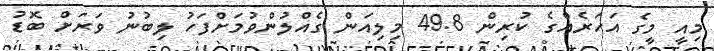
މިއީ މީގެ އަހަރެއްގެ ކުރިން 49.8 މިލިއަން ގެއްލުންވުމަށްފަހު ލިބުނު ވަރަށް ބޮޑު